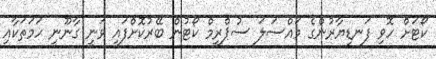
ކޯޓަށް ހޮވި ފަނޑިޔާރުންގެ މައްސަލަ ސުޕްރީމް ކޯޓުން ބޭރުކޮށްފައި ވަނީ ގާނޫނީ ހަމަތަކާއި